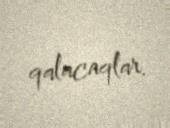
qalacaqlar.